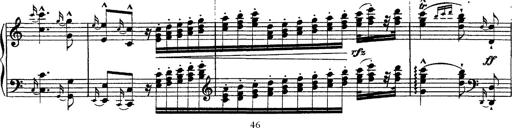
Title: Ã‰tudes d'exÃ©cution transcendante d'aprÃ¨s Paganini
Composer: Franz Liszt